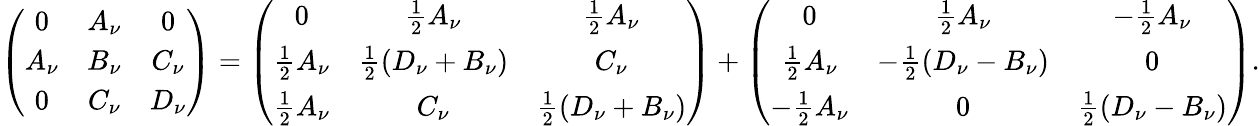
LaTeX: \left(\begin{array}{ccc}{{0}}&{{A_{\nu}}}&{{0}}\\ {{A_{\nu}}}&{{B_{\nu}}}&{{C_{\nu}}}\\ {{0}}&{{C_{\nu}}}&{{D_{\nu}}}\end{array}\right)=\left(\begin{array}{ccc}{{0}}&{{\frac{1}{2}A_{\nu}}}&{{\frac{1}{2}A_{\nu}}}\\ {{\frac{1}{2}A_{\nu}}}&{{\frac{1}{2}(D_{\nu}+B_{\nu})}}&{{C_{\nu}}}\\ {{\frac{1}{2}A_{\nu}}}&{{C_{\nu}}}&{{\frac{1}{2}(D_{\nu}+B_{\nu})}}\end{array}\right)+\left(\begin{array}{ccc}{{0}}&{{\frac{1}{2}A_{\nu}}}&{{-\frac{1}{2}A_{\nu}}}\\ {{\frac{1}{2}A_{\nu}}}&{{-\frac{1}{2}(D_{\nu}-B_{\nu})}}&{{0}}\\ {{-\frac{1}{2}A_{\nu}}}&{{0}}&{{\frac{1}{2}(D_{\nu}-B_{\nu})}}\end{array}\right).